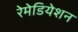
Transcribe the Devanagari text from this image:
रेमेडियेशन